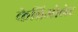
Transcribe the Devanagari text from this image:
केब्रिओलेट